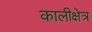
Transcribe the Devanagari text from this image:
कालीक्षेत्र